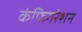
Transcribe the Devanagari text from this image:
कंफिगरेशन